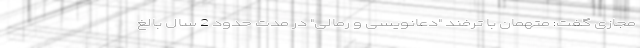
مجازی گفت: متهمان با ترفند "دعانویسی و رمالی" در مدت حدود 2 سال بالغ